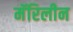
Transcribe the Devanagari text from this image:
मॅरिलीन